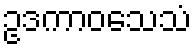
ဥဒကာဝသေသံ